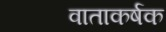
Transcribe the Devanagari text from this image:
वाताकर्षक